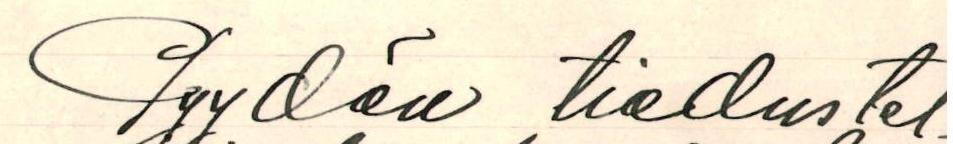
Pyydän tiedustel-